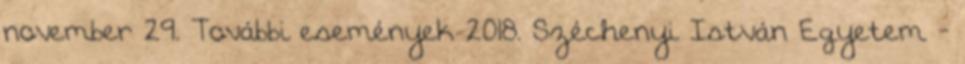
november 29. További események 2018. Széchenyi István Egyetem -